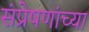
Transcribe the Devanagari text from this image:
संप्रेषणांच्या